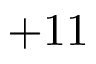
+ 1 1